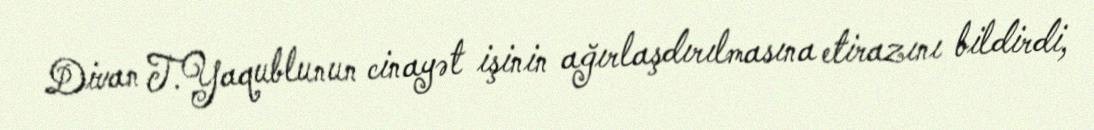
Divan T.Yaqublunun cinayət işinin ağırlaşdırılmasına etirazını bildirdi,